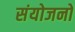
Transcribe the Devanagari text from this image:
संयोजनो